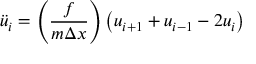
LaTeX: { \ddot { u } } _ { i } = \left( { \frac { f } { m \Delta x } } \right) \left( u _ { i + 1 } + u _ { i - 1 } - 2 u _ { i } \right)